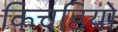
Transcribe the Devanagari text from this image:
किचडियो